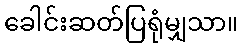
ခေါင်းဆတ်ပြရုံမျှသာ။